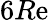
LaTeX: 6R\mathrm{e}